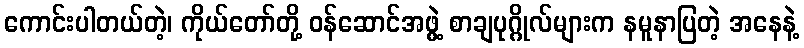
ကောင်းပါတယ်တဲ့၊ ကိုယ်တော်တို့ ဝန်ဆောင်အဖွဲ့ စာချပုဂ္ဂိုလ်များက နမူနာပြတဲ့ အနေနဲ့